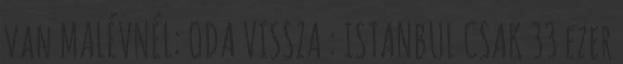
van MALÉVNÉL: ODA VISSZA : ISTANBUL CSAK 33 ezer